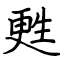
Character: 甦